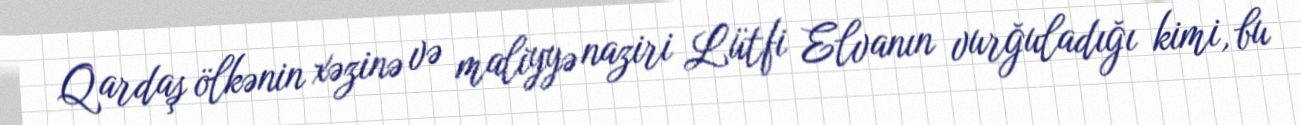
Qardaş ölkənin xəzinə və maliyyə naziri Lütfi Elvanın vurğuladığı kimi, bu